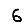
Digit: 6